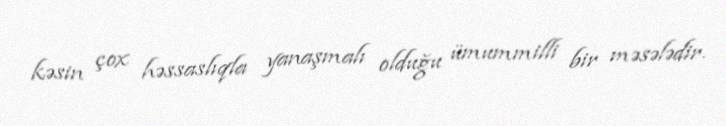
kəsin çox həssaslıqla yanaşmalı olduğu ümummilli bir məsələdir.